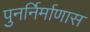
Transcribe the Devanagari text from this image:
पुनर्निर्माणास